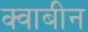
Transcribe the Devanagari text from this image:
क्वाबीन